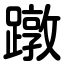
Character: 蹾